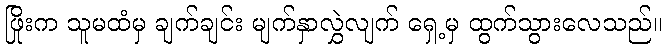
ဖြိုးက သူမထံမှ ချက်ချင်း မျက်နှာလွှဲလျက် ရှေ့မှ ထွက်သွားလေသည်။